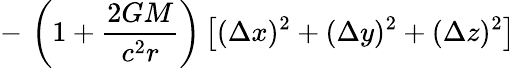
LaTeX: -\, \left(1+{\frac{2GM}{c^{2}r}}\right)\left[(\Delta x)^{2}+(\Delta y)^{2}+(\Delta z)^{2}\right]